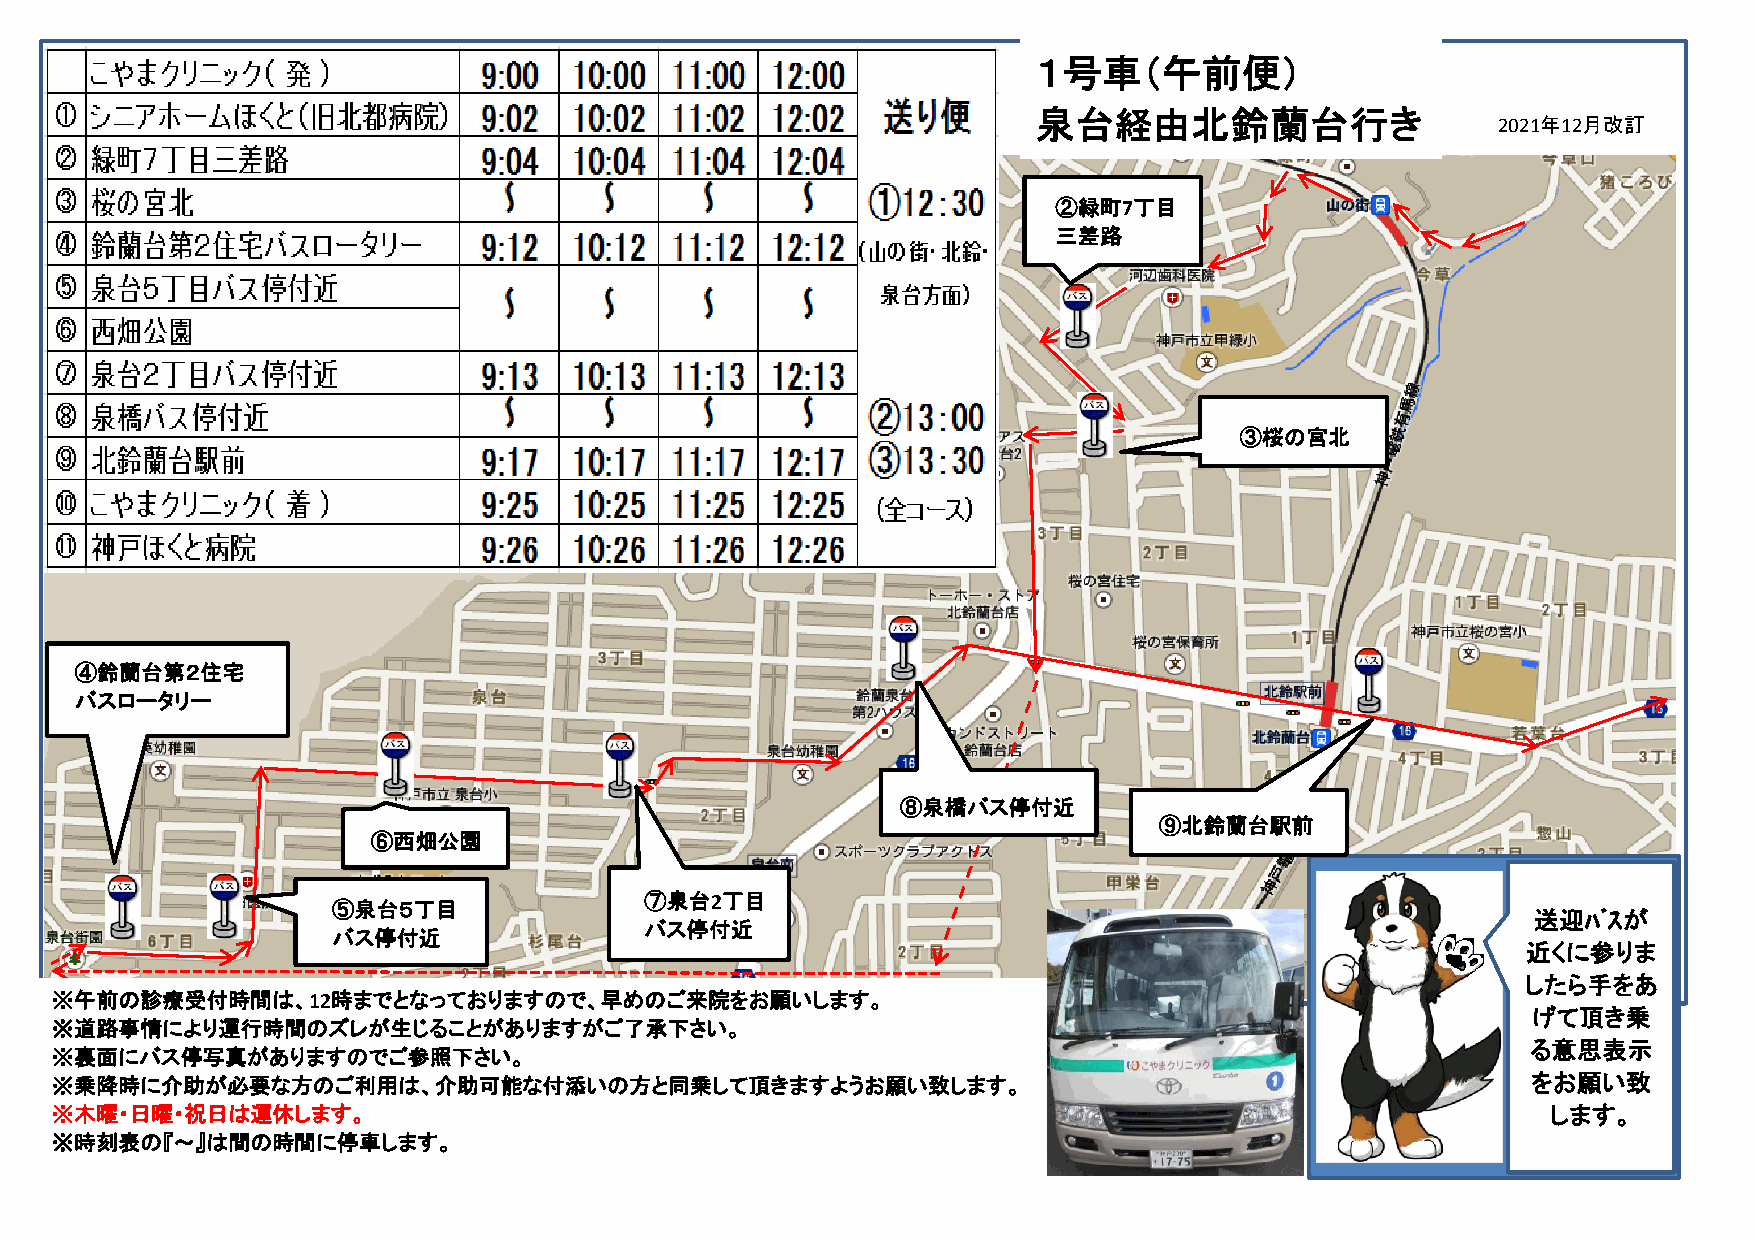
１号車（午前便）
 泉台経由北鈴蘭台行き
 2021年12月改訂
 ②緑町7丁目
 三差路
 ③桜の宮北
 ④鈴蘭台第２住宅
 バスロータリー
 ⑧泉橋バス停付近
 ⑨北鈴蘭台駅前
 ⑥西畑公園
 ⑤泉台５丁目
 ⑦泉台2丁目
 送迎ﾊﾞｽが
 バス停付近
 バス停付近
 近くに参りま
 したら手をあ
 ※午前の診療受付時間は、12時までとなっておりますので、早めのご来院をお願いします。
 げて頂き乗
 ※道路事情により運行時間のズレが生じることがありますがご了承下さい。
 る意思表示
 ※裏面にバス停写真がありますのでご参照下さい。
 ※乗降時に介助が必要な方のご利用は、介助可能な付添いの方と同乗して頂きますようお願い致します。                                                   をお願い致
 ※木曜・日曜・祝日は運休します。                                                                                    します。
 ※時刻表の『～』は間の時間に停車します。